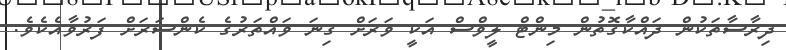
ދިރާސާތަކުން ދައްކާގޮތުން މިންޓް ލީވްސް އަކީ ވަރަށް ގިނަ ވައްތަރުގެ ކެންސަރަށް ފަރުވާއެކެވެ.